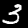
Digit: 3